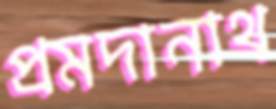
প্রমদানাথ